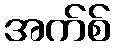
အက်စ်